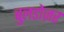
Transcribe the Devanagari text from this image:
बुलडोज़र